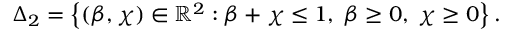
\Delta _ { 2 } = \left\{ ( \beta , \chi ) \in \mathbb { R } ^ { 2 } : \beta + \chi \leq 1 , \; \beta \geq 0 , \; \chi \geq 0 \right\} .